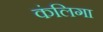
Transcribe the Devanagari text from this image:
कंलिगा